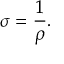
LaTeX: \sigma = { \frac { 1 } { \rho } } . \,